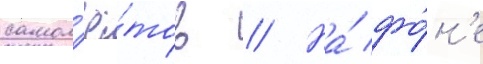
самол'ё́тов // На́ фо́н'е